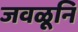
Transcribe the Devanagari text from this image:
जवळूनि